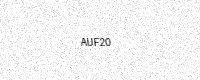
Text: AUF20